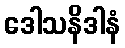
ဒေါသနိဒါနံ